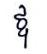
ឳ